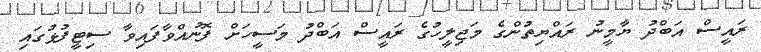
ރައީސް އަބްދު ޔާމީނު ރައްޔިތުންގެ މަޖިލީހުގެ ރައީސް އަބްދު މަސީހަށް ފޮނުއްވާފައިވާ ސިޓީފުޅުގައި